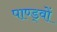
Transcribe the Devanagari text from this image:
पाण्ड्वों